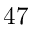
4 7